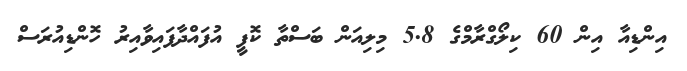
އިންޑިއާ އިން 60 ކިލޯގްރާމްގެ 5.8 މިލިއަން ބަސްތާ ކޮފީ އުފައްދާފައިވާއިރު ހޮންޑިއުރަސް